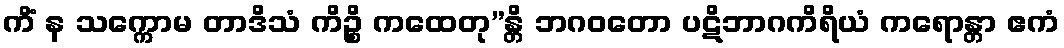
ကိံ န သက္ကောမ တာဒိသံ ကိဉ္စိ ကထေတု”န္တိ ဘဂဝတော ပဋိဘာဂကိရိယံ ကရောန္တာ ဧကံ